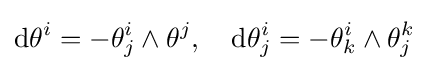
\mathrm {d} \theta ^{i}=-\theta _{j}^{i}\wedge \theta ^{j},\quad \mathrm {d} \theta _{j}^{i}=-\theta _{k}^{i}\wedge \theta _{j}^{k}